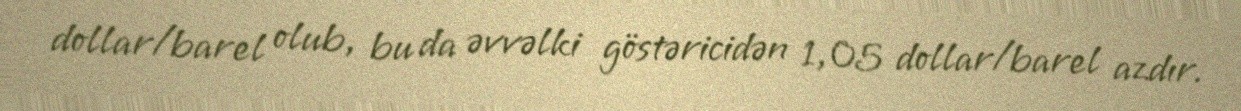
dollar/barel olub, bu da əvvəlki göstəricidən 1,05 dollar/barel azdır.